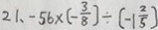
2 1 . - 5 6 \times ( - \frac { 3 } { 8 } ) \div [ - 1 \frac { 2 } { 5 } ]